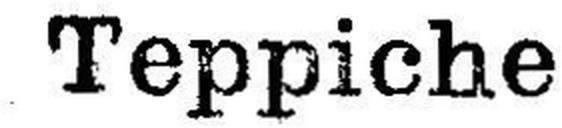
Teppiche